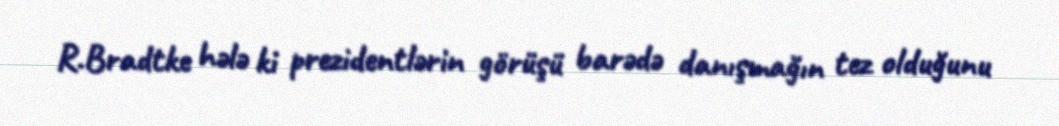
R.Bradtke hələ ki prezidentlərin görüşü barədə danışmağın tez olduğunu